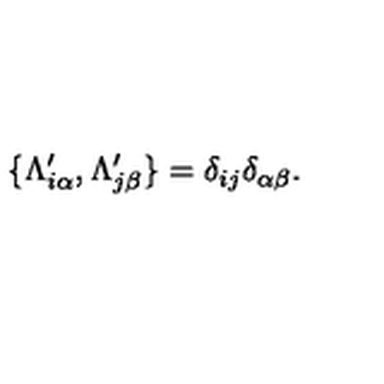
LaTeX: \{ \Lambda _ { i \alpha } ^ { \prime } , \Lambda _ { j \beta } ^ { \prime } \} = \delta _ { i j } \delta _ { \alpha \beta } .